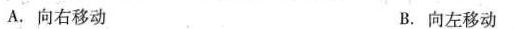
A.向右移动 B.向左移动